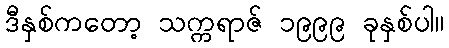
ဒီနှစ်ကတော့ သက္ကရာဇ် ၁၉၉၉ ခုနှစ်ပါ။